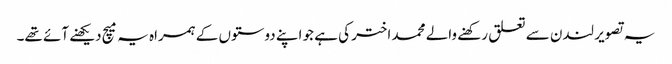
یہ تصویر لندن سے تعلق رکھنے والے محمد اختر کی ہے جو اپنے دوستوں کے ہمراہ یہ میچ دیکھنے آئے تھے۔